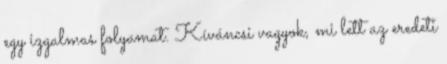
egy izgalmas folyamat. Kíváncsi vagyok, mi lett az eredeti